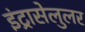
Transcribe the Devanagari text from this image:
इंट्रासेलुलर